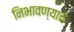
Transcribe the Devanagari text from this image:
निभावण्याचे